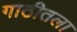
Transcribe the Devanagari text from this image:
गाठीतला